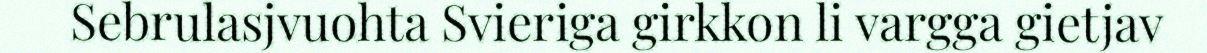
Sebrulasjvuohta Svieriga girkkon li vargga gietjav